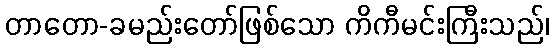
တာတော-ခမည်းတော်ဖြစ်သော ကိကီမင်းကြီးသည်၊